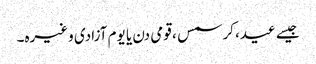
جیسے عید، کرسمس ، قومی دن یا یوم آزادی وغیرہ۔